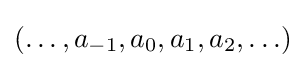
{\textstyle (\ldots ,a_{-1},a_{0},a_{1},a_{2},\ldots )}